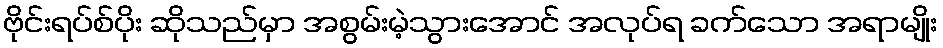
ဗိုင်းရပ်စ်ပိုး ဆိုသည်မှာ အစွမ်းမဲ့သွားအောင် အလုပ်ရ ခက်သော အရာမျိုး